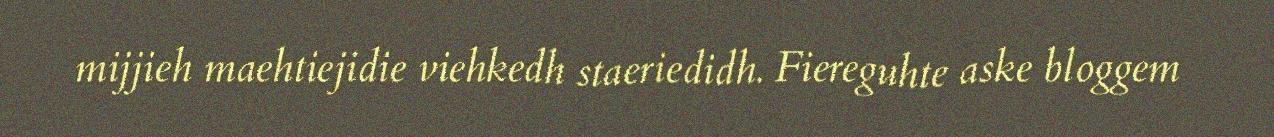
mijjieh maehtiejidie viehkedh staeriedidh. Fiereguhte aske bloggem